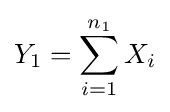
Y_{1}=\sum _{i=1}^{n_{1}}X_{i}